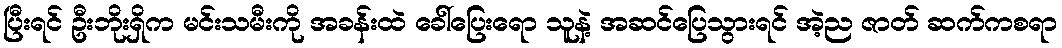
ပြီးရင် ဦးဘိုးရှိက မင်းသမီးကို အခန်းထဲ ခေါ်ပြေးရော သူနဲ့ အဆင်ပြေသွားရင် အဲ့ည ဇာတ် ဆက်ကစရာ